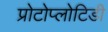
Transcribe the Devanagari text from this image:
प्रोटोप्लोटिडी